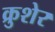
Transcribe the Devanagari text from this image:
क्रुशेर